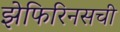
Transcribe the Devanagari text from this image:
झेफिरिनसची